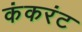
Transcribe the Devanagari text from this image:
कंकरंट